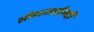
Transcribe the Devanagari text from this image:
लीलाताईंनाही